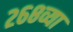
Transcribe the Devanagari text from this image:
२६८व्या